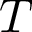
T